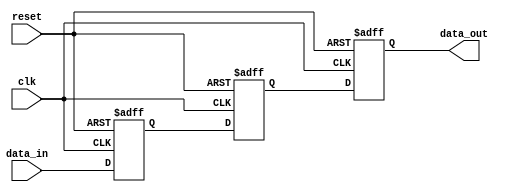
module three_flop_synchronizer (
    input wire clk,
    input wire reset,
    input wire data_in,
    output reg data_out
);

reg [2:0] dff1, dff2, dff3;

always @(posedge clk or posedge reset) begin
    if (reset) begin
        dff1 <= 1'b0;
        dff2 <= 1'b0;
        dff3 <= 1'b0;
    end else begin
        dff1 <= data_in;
        dff2 <= dff1;
        dff3 <= dff2;
    end
end

assign data_out = dff3;

endmodule